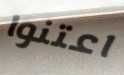
اعتنوا